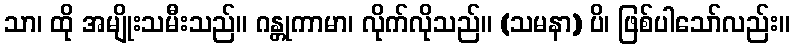
သာ၊ ထို အမျိုးသမီးသည်။ ဂန္တုကာမာ၊ လိုက်လိုသည်။ (သမနာ) ပိ၊ ဖြစ်ပါသော်လည်း။